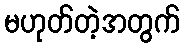
မဟုတ်တဲ့အတွက်